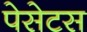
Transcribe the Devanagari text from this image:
पेसेटस